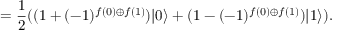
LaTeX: = { \frac { 1 } { 2 } } ( ( 1 + ( - 1 ) ^ { f ( 0 ) \oplus f ( 1 ) } ) | 0 \rangle + ( 1 - ( - 1 ) ^ { f ( 0 ) \oplus f ( 1 ) } ) | 1 \rangle ) .